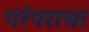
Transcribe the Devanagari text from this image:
परंपराचा